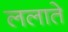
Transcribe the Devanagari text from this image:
ललाते